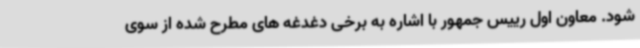
شود. معاون اول رییس جمهور با اشاره به برخی دغدغه های مطرح شده از سوی